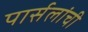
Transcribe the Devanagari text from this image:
पार्सलांची